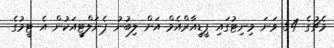
މެޗުގެ 54 ވަނަ މިނިޓުގައި ޕީޑީއާރްއެމް އަށް ލިބުނު ޕެނަލްޓީއަކުން އެ ޓީމުގެ